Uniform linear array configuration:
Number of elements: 8
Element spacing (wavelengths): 0.25
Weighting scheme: hann
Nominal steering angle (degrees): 0
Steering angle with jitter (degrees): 0.03606
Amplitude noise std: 0.05
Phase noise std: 0.05

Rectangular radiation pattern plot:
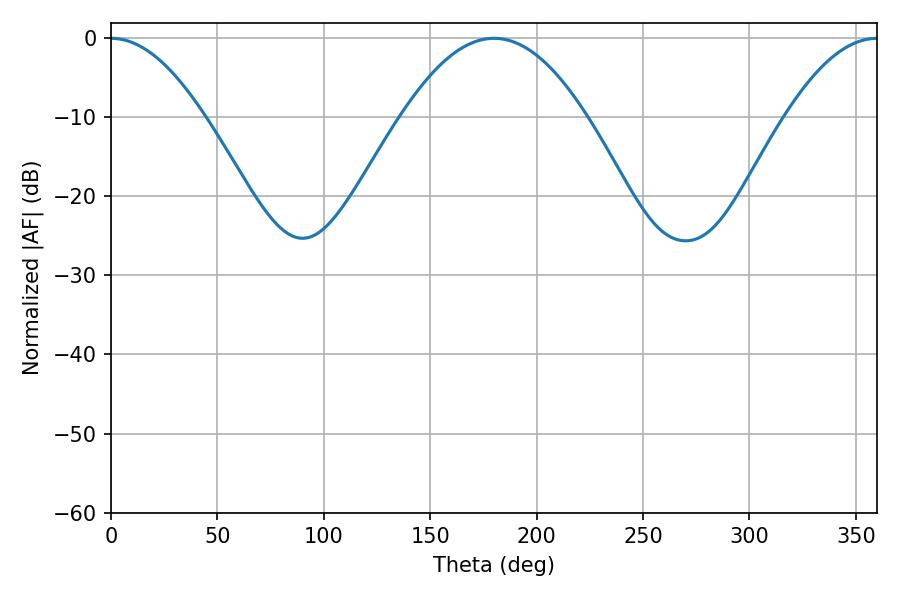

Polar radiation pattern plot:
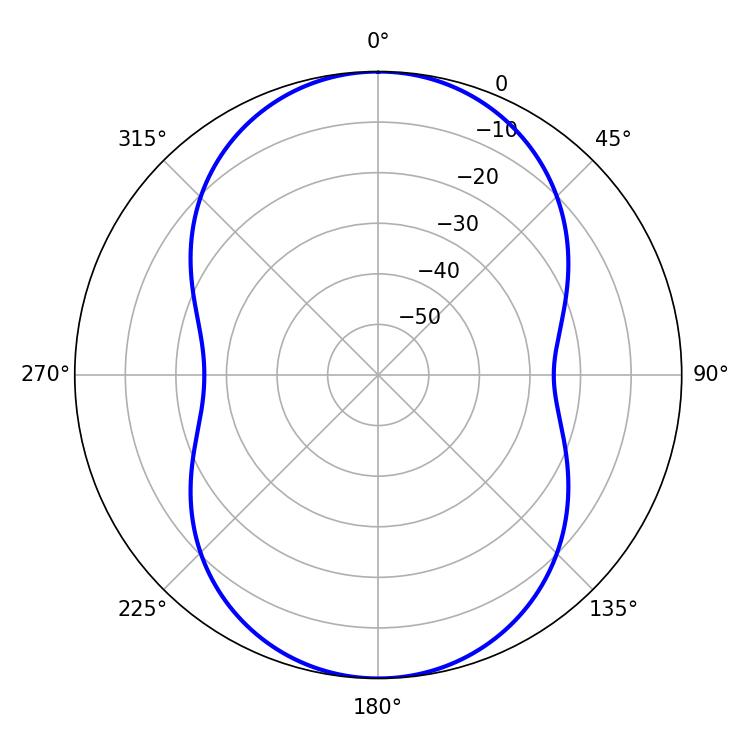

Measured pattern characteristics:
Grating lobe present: FALSE
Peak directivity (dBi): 25.525
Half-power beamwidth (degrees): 23.76
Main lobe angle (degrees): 0